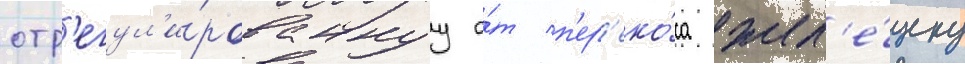
отр'егул'и́рованнуу о́т п'ер'еко́са жел'е́зку